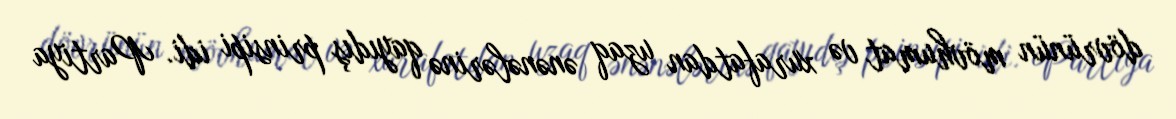
dövrünün mövhumat və xurafatdan uzaq ənənələrinə qayıdış prinsipi idi. Partiya